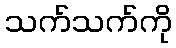
သက်သက်ကို